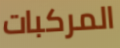
المركبات